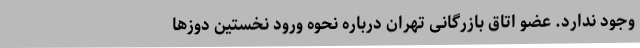
وجود ندارد. عضو اتاق بازرگانی تهران درباره نحوه ورود نخستین دوزها